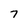
Character: 7